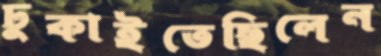
ঢুকাইতেছিলেন